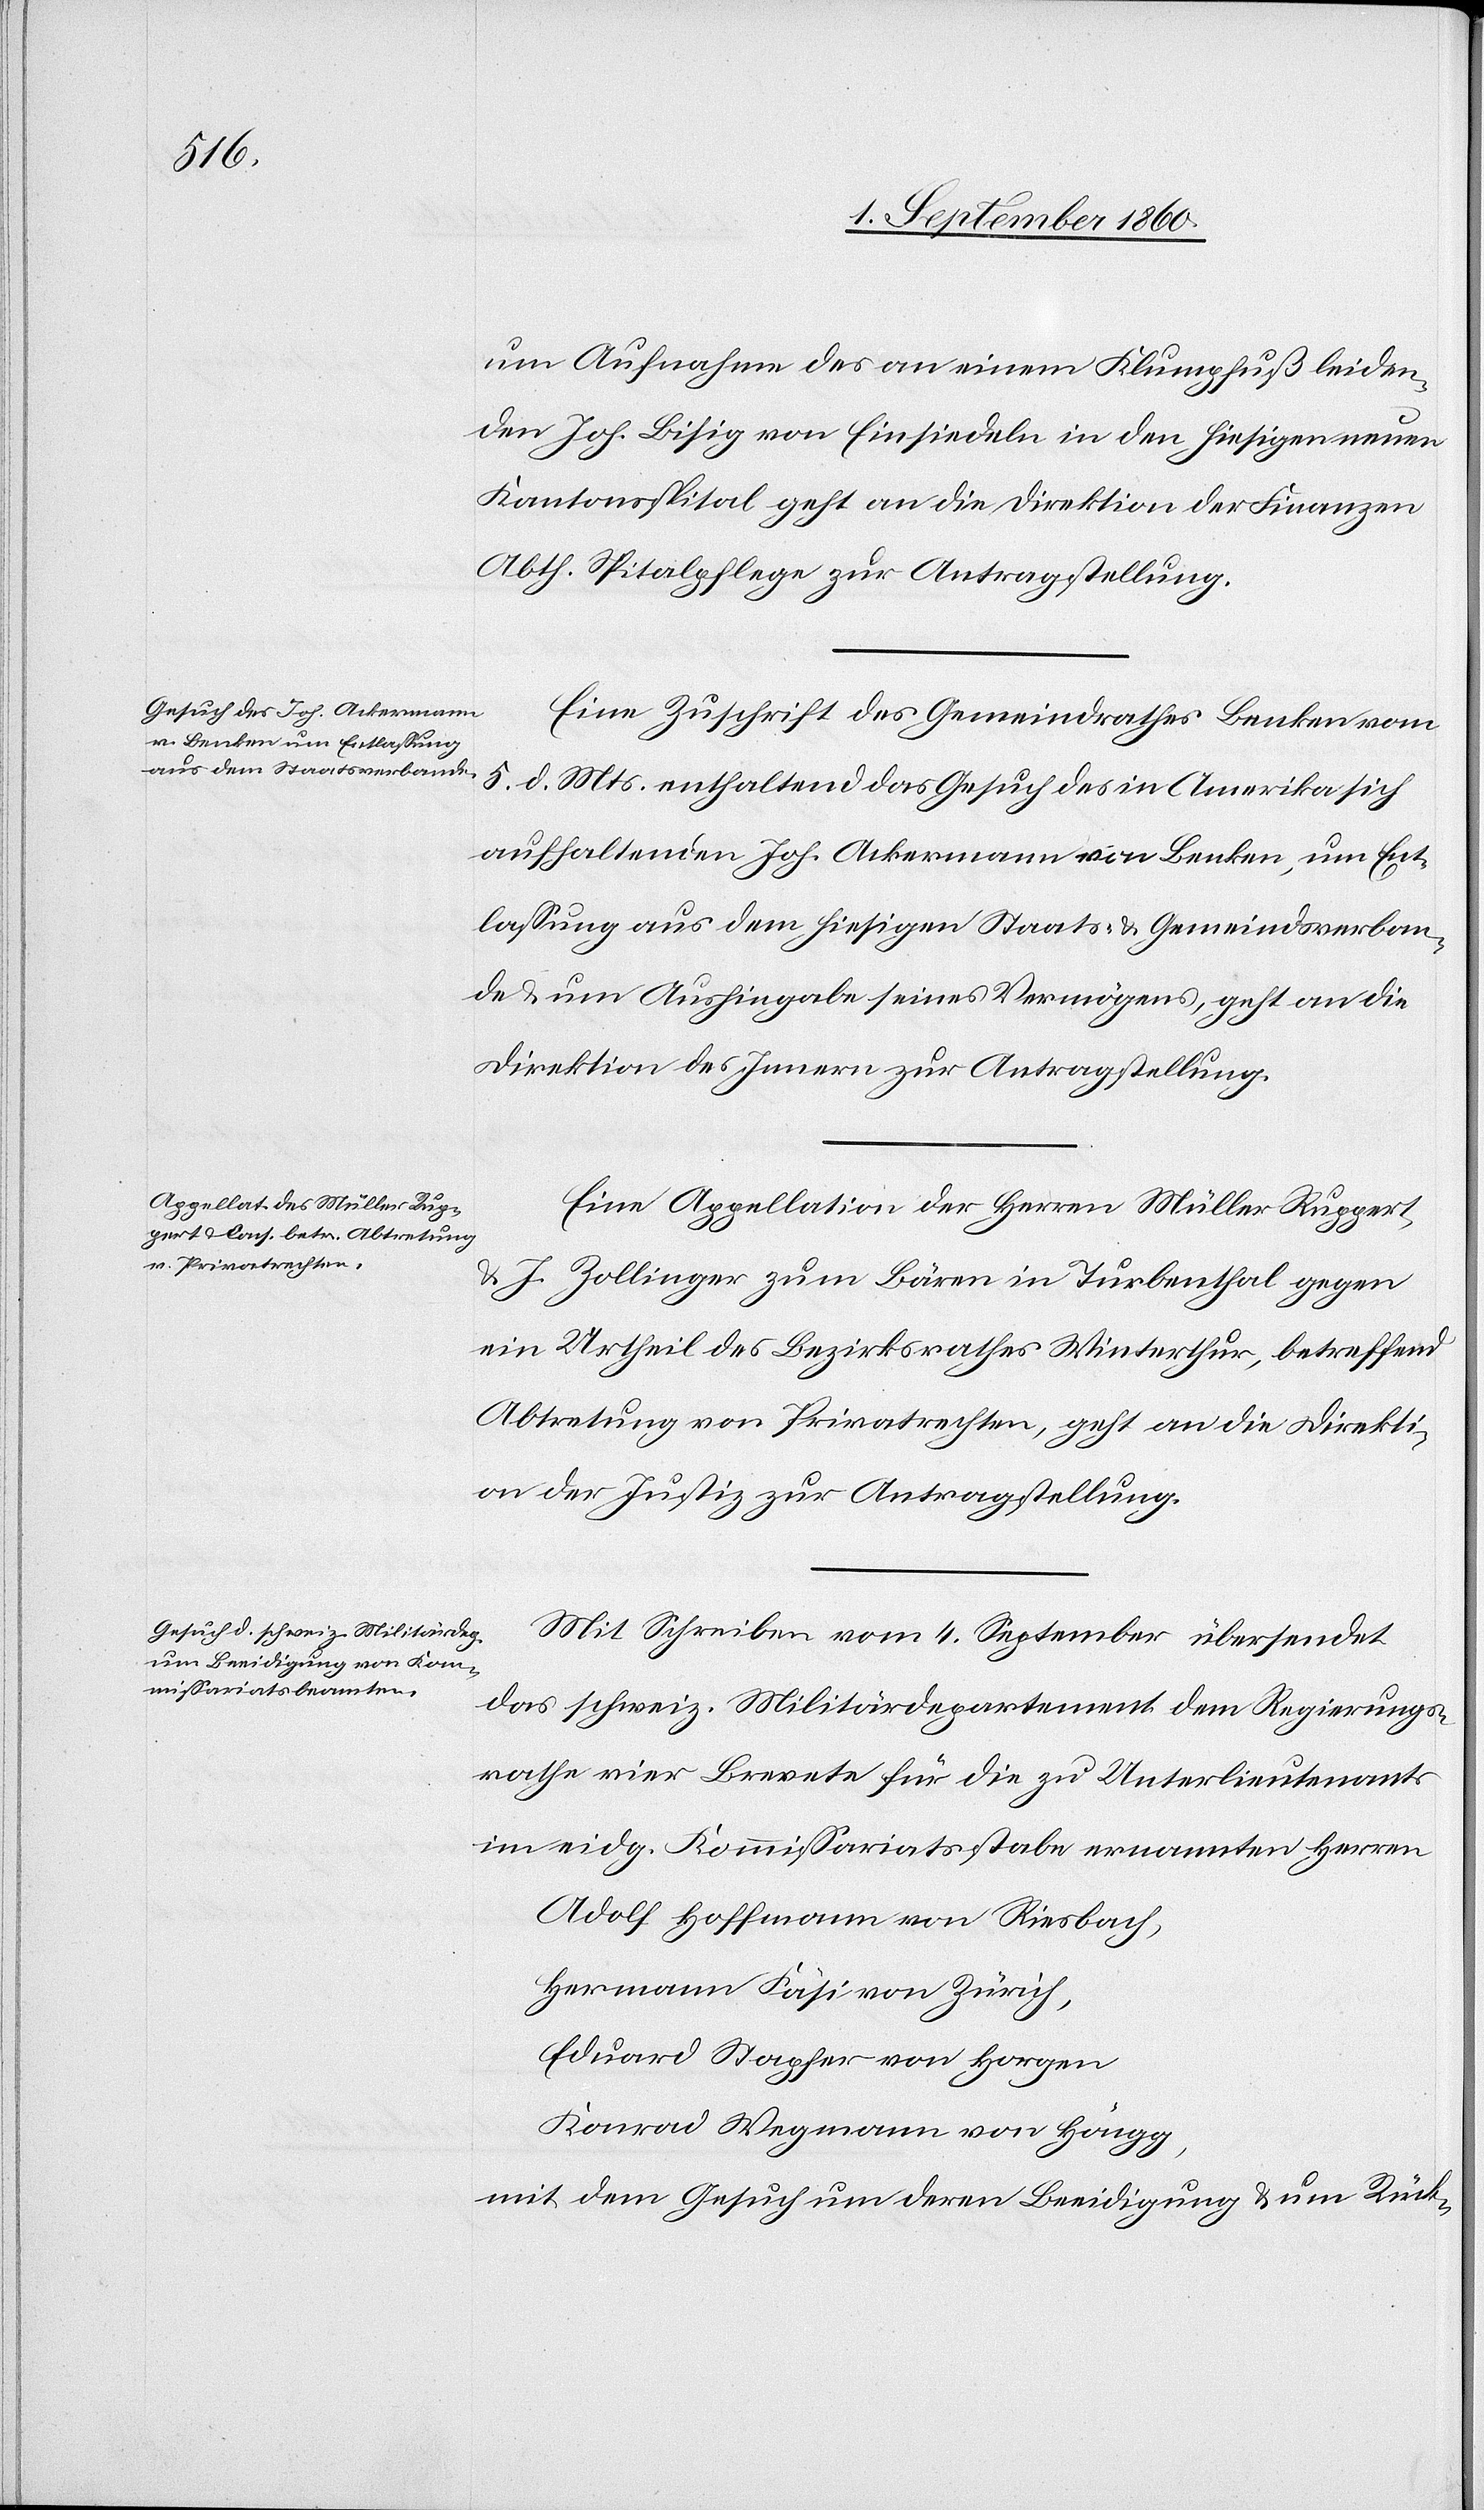
7. September 1860.]
nahme des an einem Klumpfuss leiden¬
den Johs. Bissig v. Einsiedeln in den hiesigen neuen
Kantonsspital geht an die Direktion der Finanzen,
Spitalpflege zur Antragstellung.
Eine Zuschrift des Gemeindrathes Benken vom
5. d. Mts. enthaltend das Gesuch des in Amerika sich
aufhaltenden Johs. Ackermann [sic!] von Benken um Ent¬
lassung aus dem hiesigen Staats- u. Gemeindsverban¬
de u. Aushingabe seines Vermögens, geht an die
Direktion des Innern zur Antragstellung.
Eine Appellation der Herren Müller Ruppert
u. J. Zollinger zum Bären in Turbenthal gegen
ein Urtheil des Bezirksrathes Winterthur betreffend
Abtretung von Privatrechten geht an die Direkti¬
on der Justiz zur Antragstellung.
Mit Schreiben vom 4. September übersendet
das eidg. Militärdepartement dem Regierungs¬
rathe vier Brevete für die zu Unterlieutenants
im eidg. Kommissariatsstabe ernannten Herren
Adolf Hoffmann von Reisbach
Hermann Fäsi von Zürich
Eduard Stapfer von Horgen
Konrad Wegmann von Höngg
mit dem Gesuch um deren Beeidigung u. um Rück-